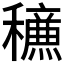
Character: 𥣹